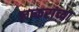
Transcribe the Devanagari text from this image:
लष्करांच्या